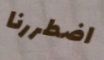
اضطررنا